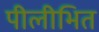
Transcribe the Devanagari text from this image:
पीलीभित